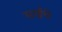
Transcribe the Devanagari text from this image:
साईंचे